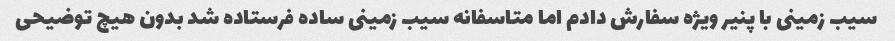
سیب زمینی با پنیر ویژه سفارش دادم اما متاسفانه سیب زمینی ساده فرستاده شد بدون هیچ توضیحی